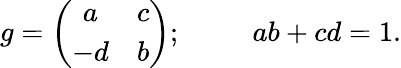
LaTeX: g=\left(\begin{array}{cc}{{a}}&{{c}}\\ {{-d}}&{{b}}\end{array}\right);\; \; \; \; \; \; \; \; \ ab+cd=1.